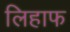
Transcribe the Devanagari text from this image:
लिहाफ